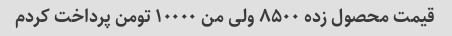
قیمت محصول زده ۸۵۰۰ ولی من ۱۰۰۰۰ تومن پرداخت کردم